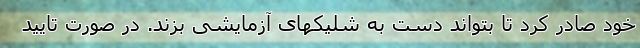
خود صادر کرد تا بتواند دست به شلیکهای آزمایشی بزند. در صورت تایید